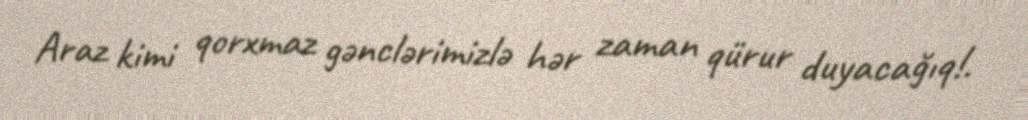
Araz kimi qorxmaz gənclərimizlə hər zaman qürur duyacağıq!.